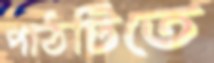
পাঠটিতে